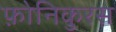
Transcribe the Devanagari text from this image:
फ़ोनिकुरस